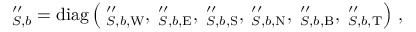
\mathbf \Lambda _ { S , b } ^ { \prime \prime } = \operatorname { d i a g } \left( \mathbf \Lambda _ { S , b , \mathrm { W } } ^ { \prime \prime } , \mathbf \Lambda _ { S , b , \mathrm { E } } ^ { \prime \prime } , \mathbf \Lambda _ { S , b , \mathrm { S } } ^ { \prime \prime } , \mathbf \Lambda _ { S , b , \mathrm { N } } ^ { \prime \prime } , \mathbf \Lambda _ { S , b , \mathrm { B } } ^ { \prime \prime } , \mathbf \Lambda _ { S , b , \mathrm { T } } ^ { \prime \prime } \right) \, ,